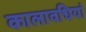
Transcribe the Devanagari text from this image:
कालावधियां